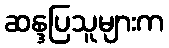
ဆန္ဒပြသူများက